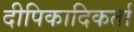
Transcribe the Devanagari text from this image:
दीपिकादिकर्ता